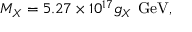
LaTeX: M _ { X } = 5 . 2 7 \times 1 0 ^ { 1 7 } g _ { X } \mathrm { ~ G e V } ,